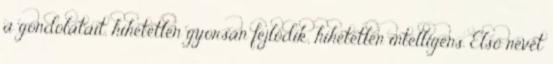
a gondolatait, hihetetlen gyorsan fejlődik, hihetetlen intelligens. Első nevét